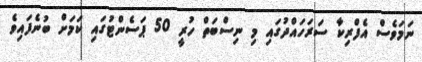
ނަމަވެސް އެފްރިކާ ސަރަހައްދުގައި މި ނިސްބަތް ހުރީ 50 ޕަސެންޓުގައި ކަމަށް ބުނެފައިވެ